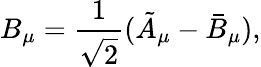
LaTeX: B_{\mu}=\frac{1}{\sqrt{2}}(\tilde{A}_{\mu}-\bar{B}_{\mu}),